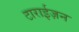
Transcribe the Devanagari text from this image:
टाराईज़न